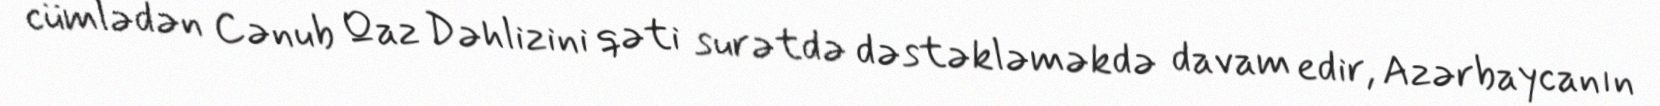
cümlədən Cənub Qaz Dəhlizini qəti surətdə dəstəkləməkdə davam edir, Azərbaycanın